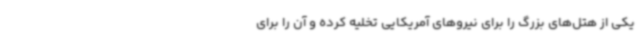
یکی از هتل‌های بزرگ را برای نیروهای آمریکایی تخلیه کرده و آن را برای